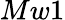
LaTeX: Mw1